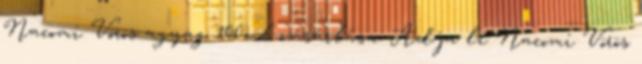
Nacomi Vörös agyag 100ml vásárlása: Adja le Nacomi Vörös